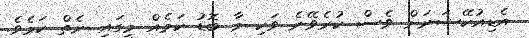
އެޑިއުކޭޝަނަށް ވެސް ކުރެވޭނެ ވަކި މާ ބޮޑު ކަމެއް މީގައި ނެތް ކަމެވެ.